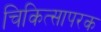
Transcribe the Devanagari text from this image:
चिकित्सापरक